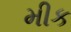
મીક